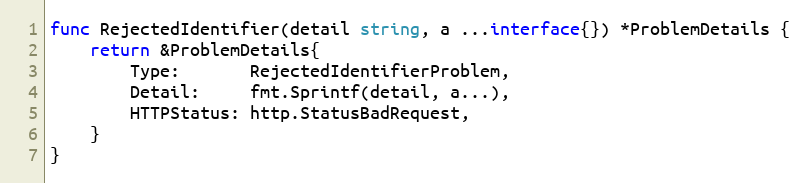
Language: Go
func RejectedIdentifier(detail string, a ...interface{}) *ProblemDetails {
	return &ProblemDetails{
		Type:       RejectedIdentifierProblem,
		Detail:     fmt.Sprintf(detail, a...),
		HTTPStatus: http.StatusBadRequest,
	}
}